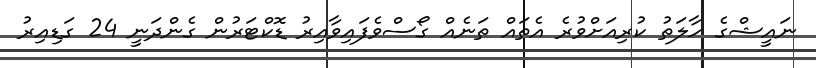
ނައީޝްގެ ހާލަތު ކުރިއަށްވުރެ އެތައް ތަނެއް ގޯސްވެފައިވާއިރު ޑޮކްޓަރުން ގެންދަނީ 24 ގަޑިއިރު